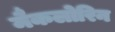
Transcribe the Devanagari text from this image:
मैकलोरिन